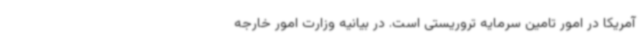
آمریکا در امور تامین سرمایه تروریستی است. در بیانیه‌ وزارت امور خارجه